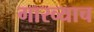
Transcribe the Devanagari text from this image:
गारव्याच